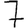
Digit: 7